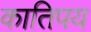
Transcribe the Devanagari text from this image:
कातिपय